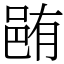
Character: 𨚼